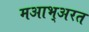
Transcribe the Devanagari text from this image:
मआभ्अरत